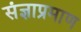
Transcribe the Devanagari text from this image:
संज्ञाप्रमाण